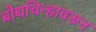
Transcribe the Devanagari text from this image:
बोधचिन्हावरून